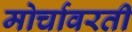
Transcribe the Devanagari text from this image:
मोर्चावरती